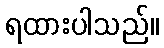
ရထားပါသည်။